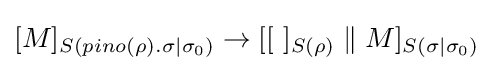
[M]_{S(pino(\rho ).\sigma \mid \sigma _{0})}\rightarrow [[~]_{S(\rho )}\;\|\;M]_{S(\sigma \mid \sigma _{0})}